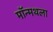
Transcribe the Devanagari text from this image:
मॉन्मथला